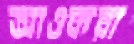
আওকরা